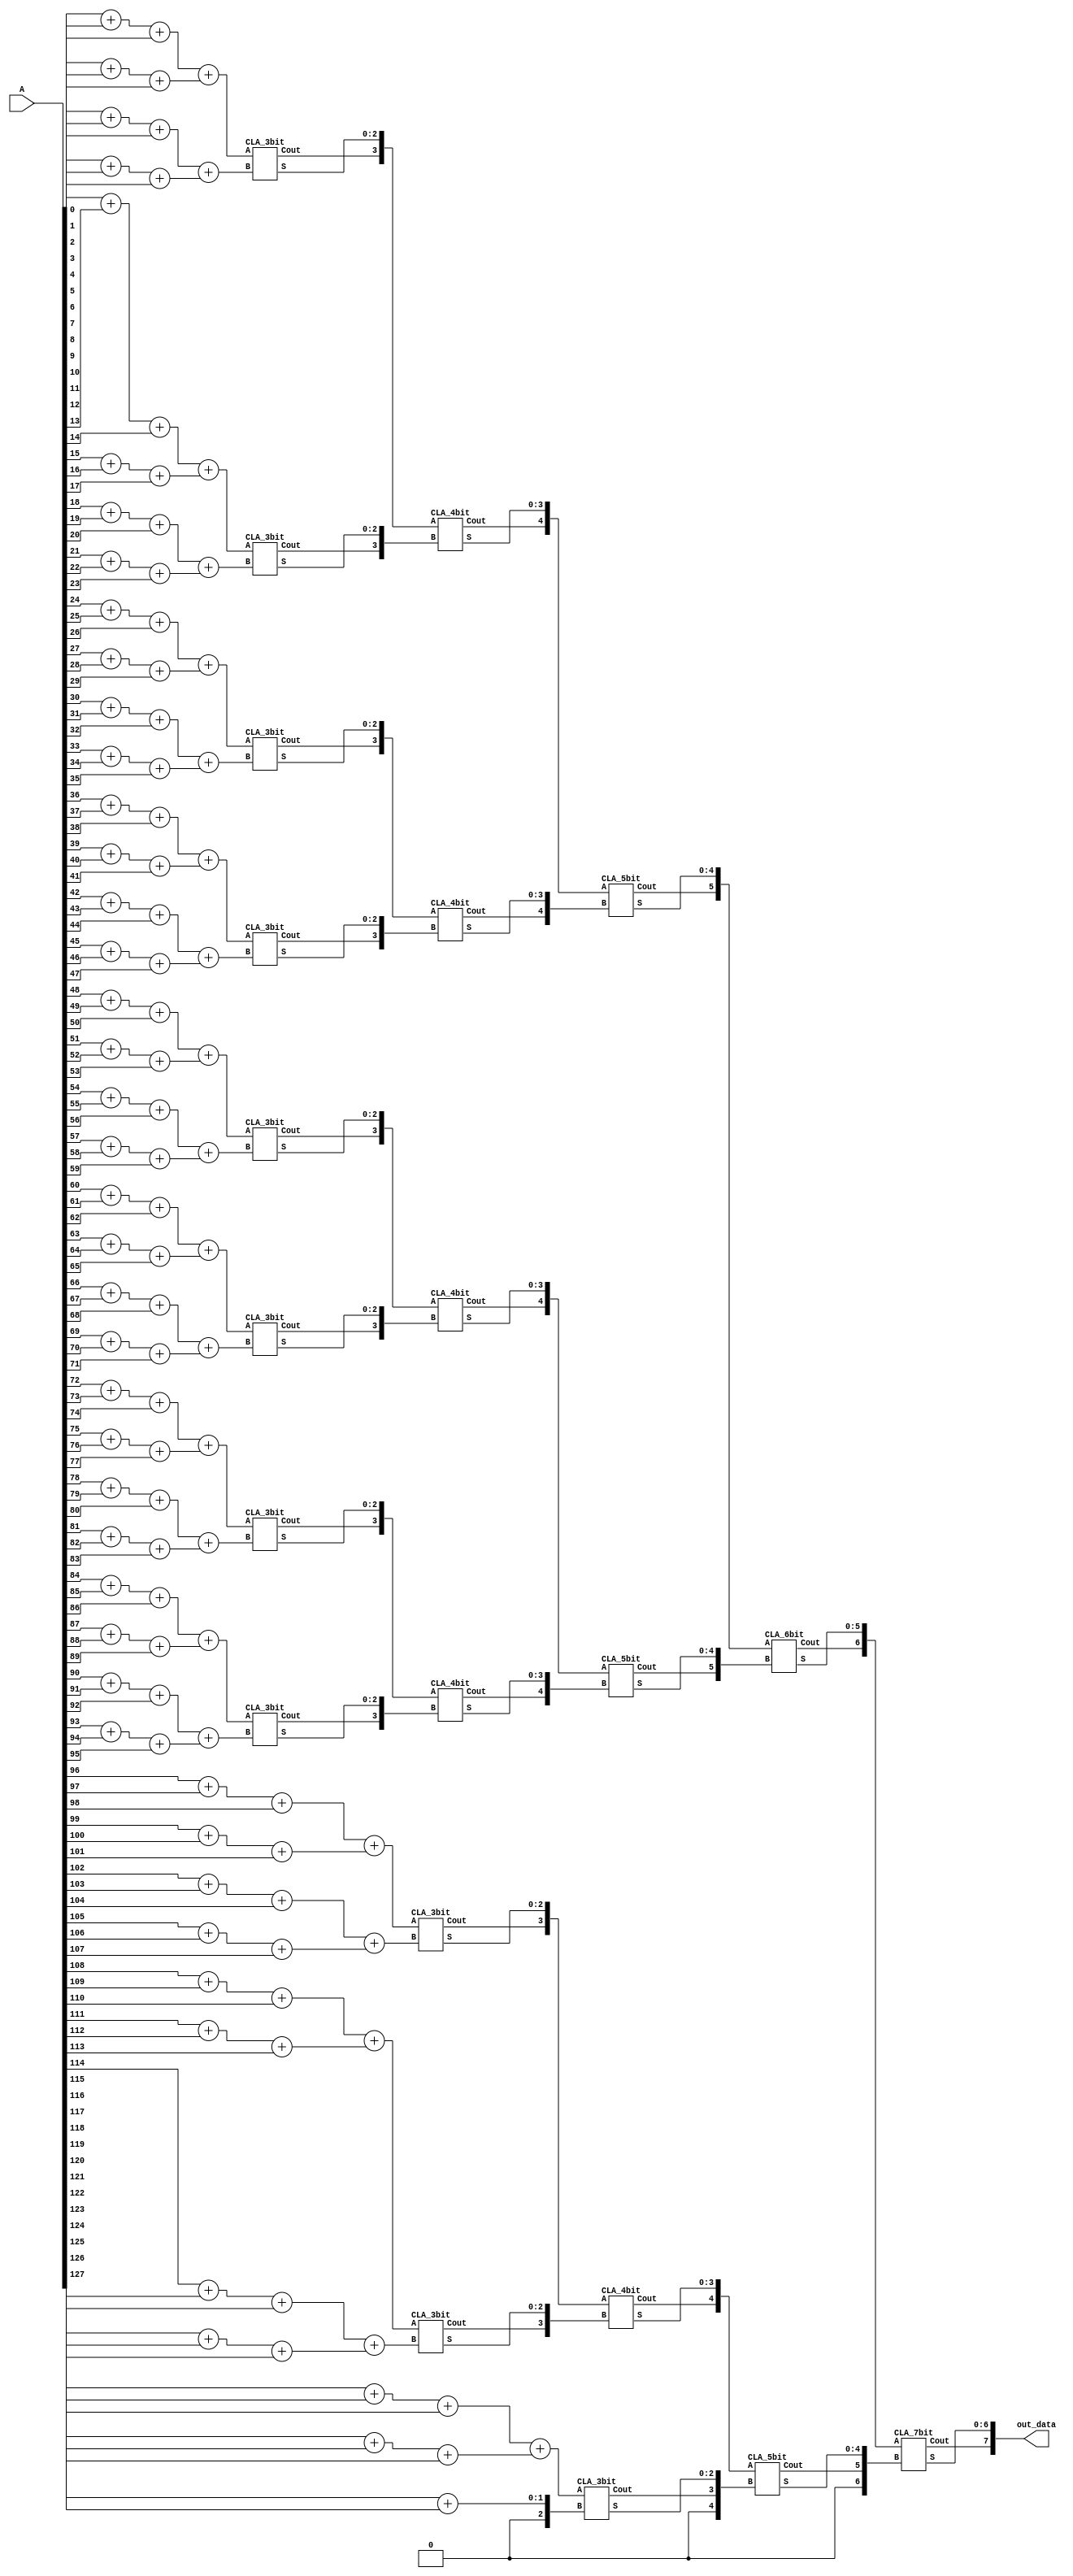
module AT(
        //input
    A,
    out_data

);
input   [127:0] A;
output reg [7:0]   out_data;
wire [1:0] l1 [0:42];
wire [2:0] l2 [0:21];
wire [3:0] l3 [0:10];
wire [4:0] l4 [0:5];
wire [5:0] l5 [0:2];
wire [6:0] l6;
genvar i;

// Level 1
generate
        for(i=0;i<42;i=i+1)begin
                assign l1[i]=A[3*i]+A[3*i+1]+A[3*i+2];
        end
endgenerate
assign l1[42] = A[126]+A[127];

generate
        for(i=0;i<21;i=i+1)begin
                assign l2[i]=l1[2*i]+l1[2*i+1];
        end
endgenerate
assign l2 [21] = l1[42];
generate
        for(i=0;i<11;i=i+1)begin
                // assign l3[i]=l2[2*i]+l2[2*i+1];
                CLA_3bit C_3bit(.S(l3[i][2:0]),.Cout(l3[i][3]),.A(l2[2*i]),.B(l2[2*i+1]));
        end
endgenerate
generate
        for(i=0;i<5;i=i+1)begin
                CLA_4bit C0(.S(l4[i][3:0]),.Cout(l4[i][4]),.A(l3[2*i]),.B(l3[2*i+1]));
                // assign l4[i]=l3[2*i]+l3[2*i+1];
        end
endgenerate
assign l4[5] = l3[10];

generate
        for(i=0;i<3;i=i+1)begin
                // assign l5[i]=l4[2*i]+l4[2*i+1];
                CLA_5bit C1(.S(l5[i][4:0]),.Cout(l5[i][5]),.A(l4[2*i]),.B(l4[2*i+1]));
        end
endgenerate
// assign l6 = l5[0]+l5[1];
CLA_6bit C2(.S(l6[5:0]),.Cout(l6[6]),.A(l5[0]),.B(l5[1]));
wire [7:0] l7;
CLA_7bit C3(.S(l7[6:0]),.Cout(l7[7]),.A(l6),.B({1'b0,l5[2]}));
always @(*) begin
        // out_data = l6+l5[2];
        out_data = l7;
        
end
endmodule

module CLA_3bit(output [2:0] S, output Cout, input [2:0] A,input [2:0] B);
  wire [2:0] G,P,C;

  assign G = A & B; //Generate
  assign P = A ^ B; //Propagate
  assign C[0] = 0;
  assign C[1] = G[0] | (P[0]&C[0]);
  assign C[2] = G[1] | (P[1]&G[0]) | (P[1]&P[0]&C[0]);
  assign Cout = G[2] | (P[2]&G[1]) | (P[2]&P[1]&G[0]) | (P[2]&P[1]&P[0]&C[0]);
  assign S = P ^ C;
  // assign PG = P[3] & P[2] & P[1] & P[0];
  // assign GG = G[3] | (P[3]&G[2]) | (P[3]&P[2]&G[1]) | (P[3]&P[2]&P[1]&G[0]);

endmodule

module CLA_4bit(output [3:0] S, output Cout, input [3:0] A,input [3:0] B);
  wire [3:0] G,P,C;

  assign G = A & B; //Generate
  assign P = A ^ B; //Propagate
  assign C[0] = 0;
  assign C[1] = G[0] | (P[0]&C[0]);
  assign C[2] = G[1] | (P[1]&G[0]) | (P[1]&P[0]&C[0]);
  assign C[3] = G[2] | (P[2]&G[1]) | (P[2]&P[1]&G[0]) | (P[2]&P[1]&P[0]&C[0]);
  assign Cout = G[3] | (P[3]&G[2]) | (P[3]&P[2]&G[1]) | (P[3]&P[2]&P[1]&G[0]) 
             |(P[3]&P[2]&P[1]&P[0]&C[0]);
  assign S = P ^ C;
  // assign PG = P[3] & P[2] & P[1] & P[0];
  // assign GG = G[3] | (P[3]&G[2]) | (P[3]&P[2]&G[1]) | (P[3]&P[2]&P[1]&G[0]);

endmodule
module CLA_5bit(output [4:0] S, output Cout, input [4:0] A,input [4:0] B);
  wire [4:0] G,P,C;

  assign G = A & B; //Generate
  assign P = A ^ B; //Propagate
  assign C[0] = 0;
  assign C[1] = G[0] | (P[0]&C[0]);
  assign C[2] = G[1] | (P[1]&G[0]) | (P[1]&P[0]&C[0]);
  assign C[3] = G[2] | (P[2]&G[1]) | (P[2]&P[1]&G[0]) | (P[2]&P[1]&P[0]&C[0]);
  assign C[4] = G[3]| (P[3]&G[2]) | (P[3]&P[2]&G[1]) | (P[3]&P[2]&P[1]&G[0]) | (P[3]&P[2]&P[1]&P[0]&C[0]);

  assign Cout = G[4]|(P[4]&G[3]) | (P[4]&P[3]&G[2]) | (P[4]&P[3]&P[2]&G[1]) | (P[4]&P[3]&P[2]&P[1]&G[0]) 
             |(P[4]&P[3]&P[2]&P[1]&P[0]&C[0]);
  assign S = P ^ C;
  // assign PG = P[3] & P[2] & P[1] & P[0];
  // assign GG = G[3] | (P[3]&G[2]) | (P[3]&P[2]&G[1]) | (P[3]&P[2]&P[1]&G[0]);

endmodule
module CLA_6bit(output [5:0] S, output Cout, input [5:0] A,input [5:0] B);
  wire [5:0] G,P,C;

  assign G = A & B; //Generate
  assign P = A ^ B; //Propagate
  assign C[0] = 0;
  assign C[1] = G[0] | (P[0]&C[0]);
  assign C[2] = G[1] | (P[1]&G[0]) | (P[1]&P[0]&C[0]);
  assign C[3] = G[2] | (P[2]&G[1]) | (P[2]&P[1]&G[0]) | (P[2]&P[1]&P[0]&C[0]);
  assign C[4] = G[3]| (P[3]&G[2]) | (P[3]&P[2]&G[1]) | (P[3]&P[2]&P[1]&G[0]) | (P[3]&P[2]&P[1]&P[0]&C[0]);
  assign C[5] = G[4]|(P[4]&G[3]) | (P[4]&P[3]&G[2]) | (P[4]&P[3]&P[2]&G[1]) | (P[4]&P[3]&P[2]&P[1]&G[0]) 
             |(P[4]&P[3]&P[2]&P[1]&P[0]&C[0]);
  assign Cout = G[5]|(P[5]&G[4])|(P[5]&P[4]&G[3]) | (P[5]&P[4]&P[3]&G[2]) | (P[5]&P[4]&P[3]&P[2]&G[1]) | (P[5]&P[4]&P[3]&P[2]&P[1]&G[0]) 
             |(P[5]&P[4]&P[3]&P[2]&P[1]&P[0]&C[0]);
  assign S = P ^ C;
  // assign PG = P[3] & P[2] & P[1] & P[0];
  // assign GG = G[3] | (P[3]&G[2]) | (P[3]&P[2]&G[1]) | (P[3]&P[2]&P[1]&G[0]);

endmodule
module CLA_7bit(output [6:0] S, output Cout, input [6:0] A,input [6:0] B);
  wire [6:0] G,P,C;

  assign G = A & B; //Generate
  assign P = A ^ B; //Propagate
  assign C[0] = 0;
  assign C[1] = G[0] | (P[0]&C[0]);
  assign C[2] = G[1] | (P[1]&G[0]) | (P[1]&P[0]&C[0]);
  assign C[3] = G[2] | (P[2]&G[1]) | (P[2]&P[1]&G[0]) | (P[2]&P[1]&P[0]&C[0]);
  assign C[4] = G[3]| (P[3]&G[2]) | (P[3]&P[2]&G[1]) | (P[3]&P[2]&P[1]&G[0]) | (P[3]&P[2]&P[1]&P[0]&C[0]);
  assign C[5] = G[4]|(P[4]&G[3]) | (P[4]&P[3]&G[2]) | (P[4]&P[3]&P[2]&G[1]) | (P[4]&P[3]&P[2]&P[1]&G[0]) 
             |(P[4]&P[3]&P[2]&P[1]&P[0]&C[0]);
  assign C[6] = G[5]|(P[5]&G[4])|(P[5]&P[4]&G[3]) | (P[5]&P[4]&P[3]&G[2]) | (P[5]&P[4]&P[3]&P[2]&G[1]) | (P[5]&P[4]&P[3]&P[2]&P[1]&G[0]) 
             |(P[5]&P[4]&P[3]&P[2]&P[1]&P[0]&C[0]);
  assign Cout = G[6]| (P[6]&G[5])|(P[6]&P[5]&G[4])|(P[5]&P[4]&G[3]) | (P[6]&P[5]&P[4]&P[3]&G[2]) | (P[6]&P[5]&P[4]&P[3]&P[2]&G[1]) | (P[6]&P[5]&P[4]&P[3]&P[2]&P[1]&G[0]) 
             |(P[6]&P[5]&P[4]&P[3]&P[2]&P[1]&P[0]&C[0]);
  assign S = P ^ C;
  // assign PG = P[3] & P[2] & P[1] & P[0];
  // assign GG = G[3] | (P[3]&G[2]) | (P[3]&P[2]&G[1]) | (P[3]&P[2]&P[1]&G[0]);

endmodule